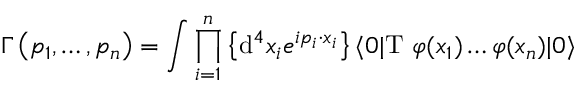
\Gamma \left( p _ { 1 } , \ldots , p _ { n } \right) = \int \prod _ { i = 1 } ^ { n } \left\{ \mathrm { d } ^ { 4 } x _ { i } e ^ { i p _ { i } \cdot x _ { i } } \right\} \langle 0 | \mathrm { T } \ \varphi ( x _ { 1 } ) \ldots \varphi ( x _ { n } ) | 0 \rangle